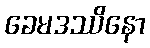
ခေမဒဿိနော